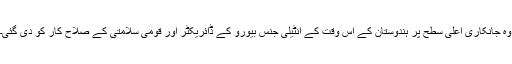
وہ جانکاری اعلیٰ سطح پر ہندوستان کے اس وقت کے انٹیلی جنس بیورو کے ڈائریکٹر اور قومی سلامتی کے صلاح کار کو دی گئی۔